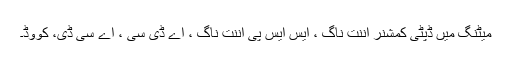
میٹنگ میں ڈپٹی کمشنر اننت ناگ ، ایس ایس پی اننت ناگ ، اے ڈی سی ، اے سی ڈی، کووِڈ۔